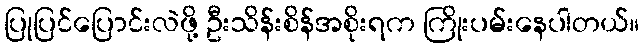
ပြုပြင်ပြောင်းလဲဖို့ ဦးသိန်းစိန်အစိုးရက ကြိုးပမ်းနေပါတယ်။